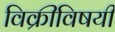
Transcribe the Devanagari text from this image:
विक्रीविषयी